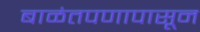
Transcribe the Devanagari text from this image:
बाळंतपणापासून